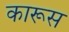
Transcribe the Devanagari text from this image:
कारूस